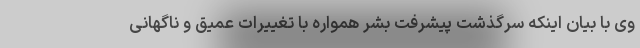
وی با بیان اینکه سرگذشت پیشرفت بشر همواره با تغییرات عمیق و ناگهانی